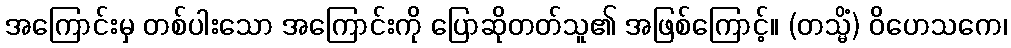
အကြောင်းမှ တစ်ပါးသော အကြောင်းကို ပြောဆိုတတ်သူ၏ အဖြစ်ကြောင့်။ (တသ္မိံ) ဝိဟေသကေ၊